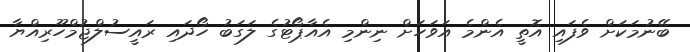
ބޭނުމަކަށް ވެފައި އޮތީ އެންމެ އަވަހަށް ނިންމި އެއާޕޯޓުގެ ލަގަބު ހޯދައި ރައީސުލްޖުމްހޫރިއްޔާ